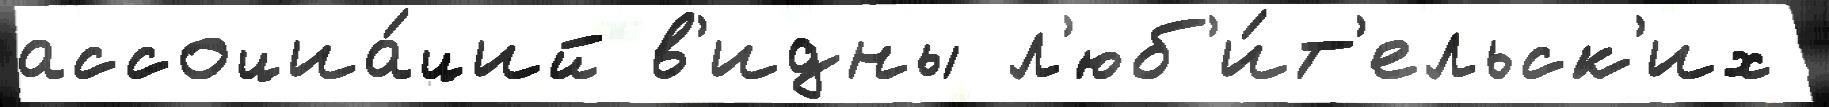
ассоциа́ций в'идны л'юб'и́т'ельск'их